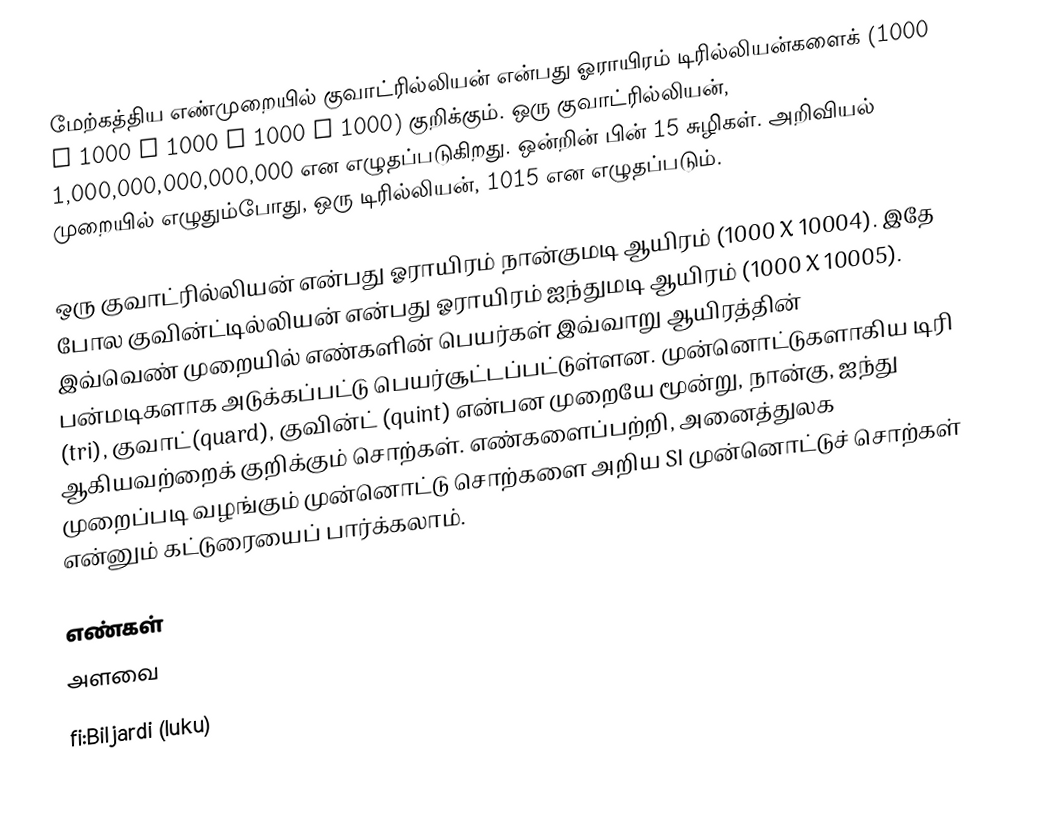
மேற்கத்திய எண்முறையில் குவாட்ரில்லியன் என்பது ஓராயிரம்  டிரில்லியன்களைக் (1000 X 1000 X 1000 X 1000 X 1000) குறிக்கும். ஒரு குவாட்ரில்லியன், 1,000,000,000,000,000 என எழுதப்படுகிறது. ஒன்றின் பின் 15 சுழிகள். அறிவியல் முறையில் எழுதும்போது, ஒரு டிரில்லியன், 1015 என எழுதப்படும்.

ஒரு குவாட்ரில்லியன்  என்பது ஓராயிரம் நான்குமடி ஆயிரம் (1000 X 10004). இதே போல குவின்ட்டில்லியன் என்பது ஓராயிரம் ஐந்துமடி ஆயிரம் (1000 X 10005). இவ்வெண் முறையில் எண்களின் பெயர்கள் இவ்வாறு ஆயிரத்தின் பன்மடிகளாக அடுக்கப்பட்டு பெயர்சூட்டப்பட்டுள்ளன. முன்னொட்டுகளாகிய டிரி (tri), குவாட்(quard), குவின்ட் (quint) என்பன முறையே மூன்று, நான்கு, ஐந்து ஆகியவற்றைக் குறிக்கும் சொற்கள். எண்களைப்பற்றி, அனைத்துலக முறைப்படி வழங்கும் முன்னொட்டு சொற்களை அறிய SI முன்னொட்டுச் சொற்கள் என்னும் கட்டுரையைப் பார்க்கலாம்.

எண்கள்
அளவை

fi:Biljardi (luku)